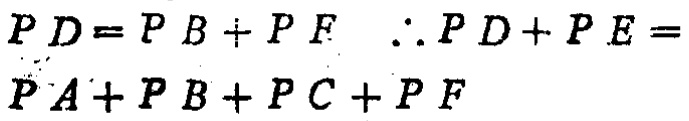
$PD = PB + PF\ \therefore PD + PE = PA + PB + PC + PF$